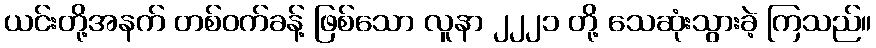
ယင်းတို့အနက် တစ်ဝက်ခန့် ဖြစ်သော လူနာ ၂၂၂၁ တို့ သေဆုံးသွားခဲ့ ကြသည်။